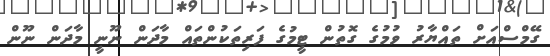
ގޭމްސްއަށް ތައްޔާރު ވުމުގެ ގޮތުން ޓީމުގެ ފަރިތަކުންތައް މާދަން ނޫނީ މާދަން ނޫން